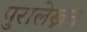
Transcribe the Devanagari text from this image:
पुरालेख्नन